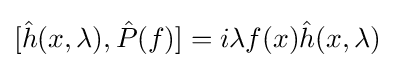
[{\hat {h}}(x,\lambda ),{\hat {P}}(f)]=i\lambda f(x){\hat {h}}(x,\lambda )